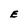
Character: E